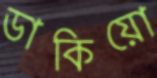
ডাকিয়ো